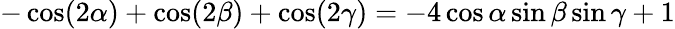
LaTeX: -\cos(2\alpha)+\cos(2\beta)+\cos(2\gamma)=-4\cos\alpha\sin\beta\sin\gamma+1